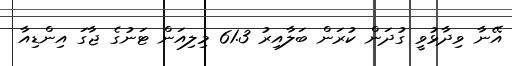
އޭނާ ވިދާޅުވީ ގުދަން ކުރަން ބަލާއިރު 61.3 މިލިއަން ޓަނުގެ ޖާގަ އިންޑިއާ